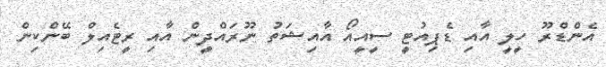
އެންޑްރޫ ހީލީ އާއި ޑެޕިއުޓީ ސީއީއޯ އާއިޝަތު ނޫރައްދީން އާއި ރީޓެއިލް ބޭންކިން